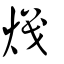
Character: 熾